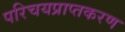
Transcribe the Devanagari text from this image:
परिचयप्राप्तकरण